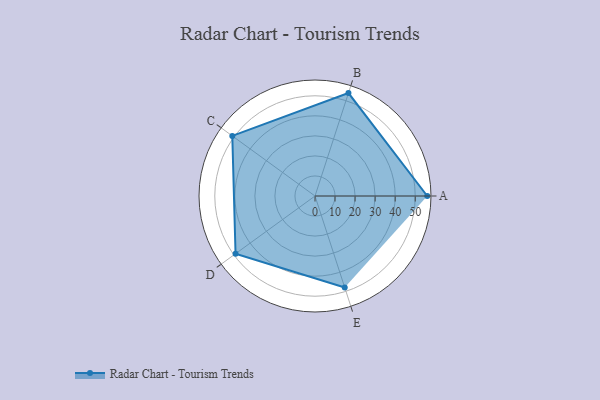
{"axis": {"x": "Skill", "y": "Score"}, "legend": ["Profile"], "data": [{"x": "A", "y": 56.0, "type": "Profile"}, {"x": "B", "y": 54.0, "type": "Profile"}, {"x": "C", "y": 51.0, "type": "Profile"}, {"x": "D", "y": 49.0, "type": "Profile"}, {"x": "E", "y": 48.0, "type": "Profile"}]}